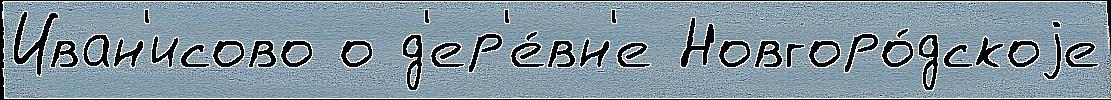
Иван'исово о д'ер'е́вн'е Новгоро́дскоjе